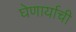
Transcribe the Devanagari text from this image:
घेणार्याची